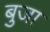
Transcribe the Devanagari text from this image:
बुजा